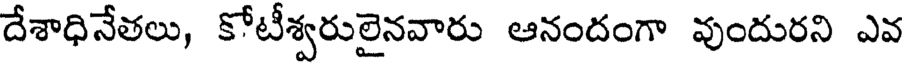
దేశాధినేతలు, కోటీశ్వరులైనవారు ఆనందంగా వుందురని ఎవ